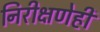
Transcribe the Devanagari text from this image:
निरीक्षणेही